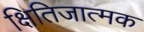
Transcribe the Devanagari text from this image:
क्षितिजात्मक